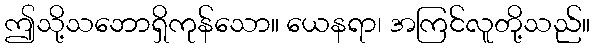
ဤသို့သဘောရှိကုန်သော။ ယေနရာ၊ အကြင်လူတို့သည်။